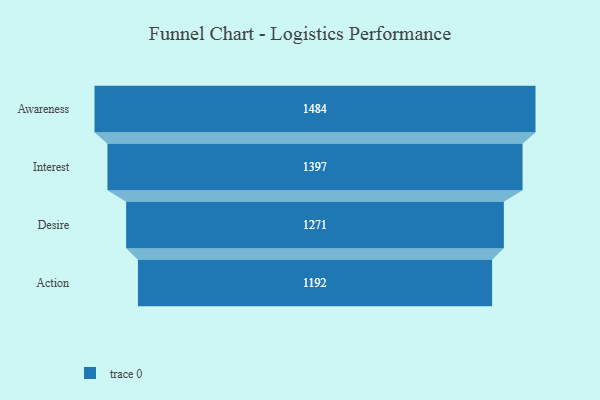
{"axis": {"x": "Stage", "y": "Value"}, "legend": [""], "data": [{"x": "Awareness", "y": 1484.0, "type": ""}, {"x": "Interest", "y": 1397.0, "type": ""}, {"x": "Desire", "y": 1271.0, "type": ""}, {"x": "Action", "y": 1192.0, "type": ""}]}